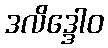
ဒလိဒ္ဒေါဝ